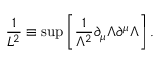
\frac { 1 } { L ^ { 2 } } \equiv \operatorname* { s u p } \left[ \frac { 1 } { \Lambda ^ { 2 } } \partial _ { \mu } \Lambda \partial ^ { \mu } \Lambda \right] .